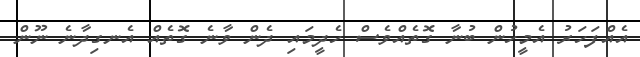
އެއްފަހަރު އެމީހުން ބުނާ ގޮތެއްވެސް ހެދީމައި ދެން ވާނެ ގޮތެއް އެނގިދާނެ ނޫން